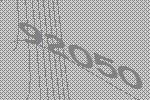
92050